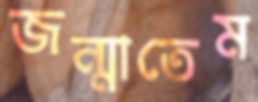
জন্মাতেম